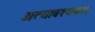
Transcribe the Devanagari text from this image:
अत्यावश्यकश्